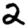
Digit: 2